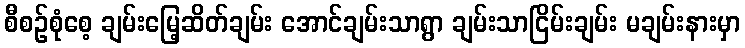
စီစဉ်စုံစေ့ ချမ်းမြေ့ဆိတ်ချမ်း အောင်ချမ်းသာရွာ ချမ်းသာငြိမ်းချမ်း မချမ်းနားမှာ